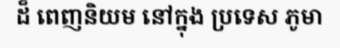
ដ៏ ពេញនិយម នៅក្នុង ប្រទេស ភូមា